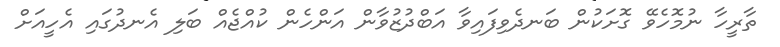
ތާރީހާ ނުމޮހެވޭ ގޮށަކުން ބަނދެވިފައިވާ އަބްދުޒުވާން އަންހެން ކުއްޖެއް ބަލި އެނދުގައި އެހީއަށް